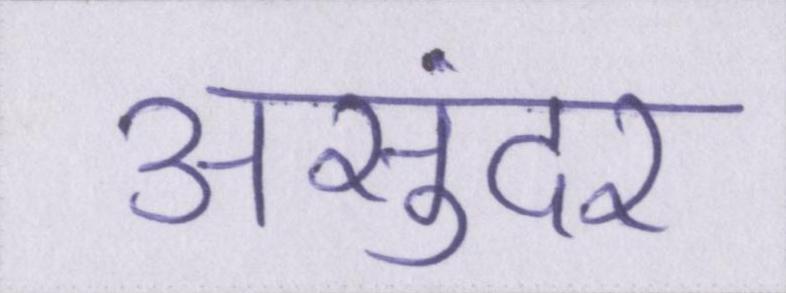
असुंदर